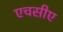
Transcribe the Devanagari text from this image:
एचसीए